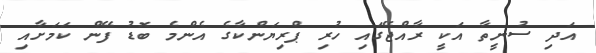
އަދި ސުނީތާ އަކީ ރާއްޖޭގައި ހުރި ޕްރިޔަންކާގެ އެންމެ ބޮޑު ފޭން ކަމަށާއި